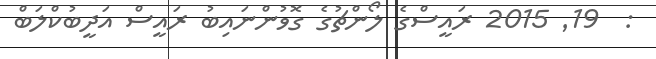
:  19